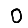
Digit: 0